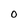
Character: O